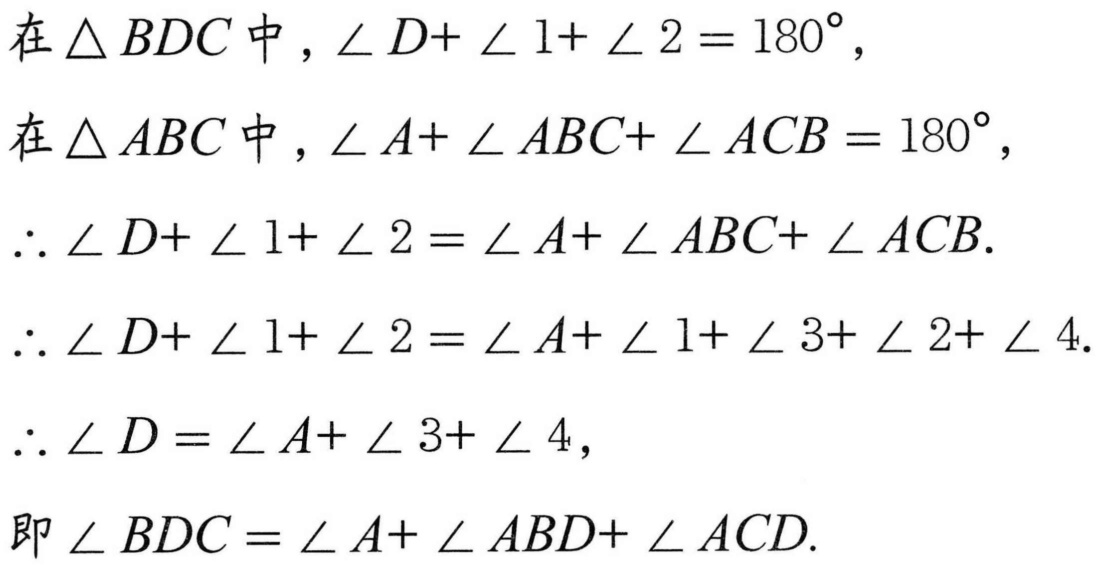
在$\triangle BDC$中，$\angle D+ \angle 1+ \angle 2 = 180^{\circ}$，
在$\triangle ABC$中，$\angle A+ \angle ABC+ \angle ACB = 180^{\circ}$，
$\therefore \angle D+ \angle 1+ \angle 2 = \angle A+ \angle ABC+ \angle ACB$.
$\therefore \angle D+ \angle 1+ \angle 2 = \angle A+ \angle 1+ \angle 3+ \angle 2+ \angle 4$.
$\therefore \angle D = \angle A+ \angle 3+ \angle 4$，
即$\angle BDC = \angle A+ \angle ABD+ \angle ACD$.